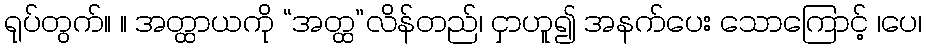
ရုပ်တွက်။ ။ အတ္ထာယကို “အတ္ထ”လိန်တည်၊ ငှာဟူ၍ အနက်ပေး သောကြောင့် ၊ပေ၊